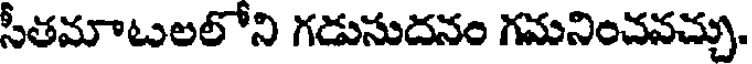
సీతమాటలలోని గడుసుదనం గమనించవచ్చు,